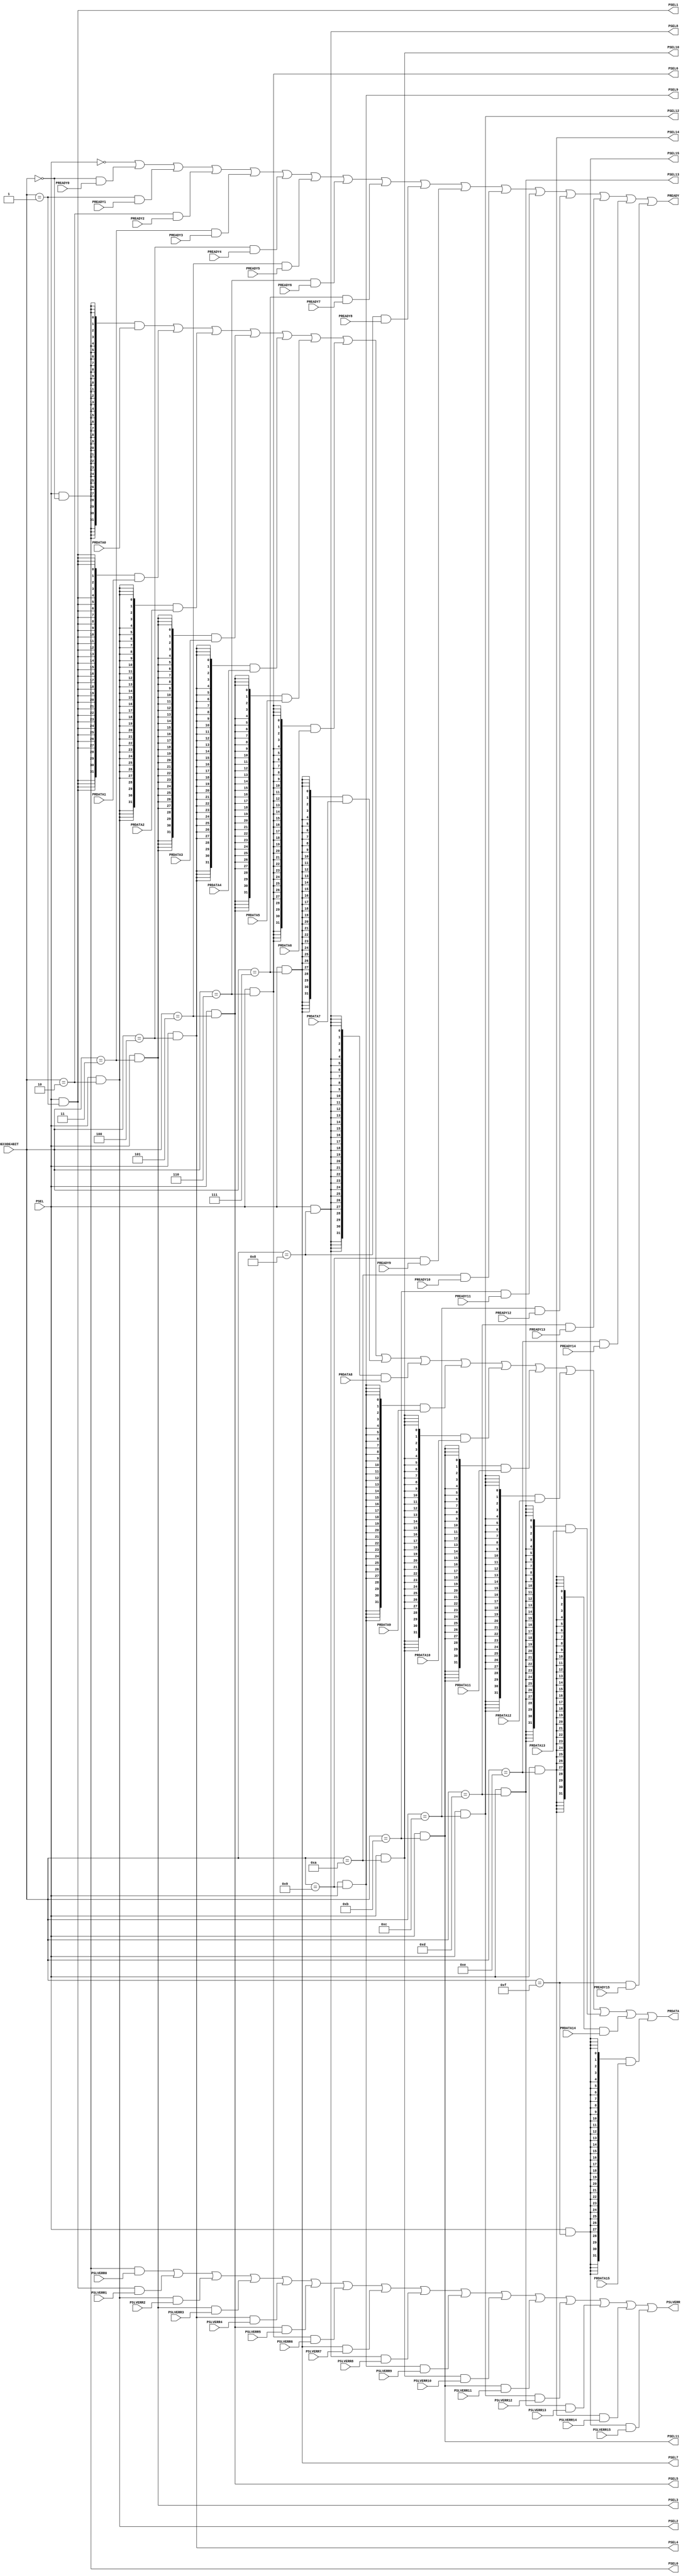
//------------------------------------------------------------------------------
// Abstract : APB slave multiplex
//------------------------------------------------------------------------------
module apb_slave_mux #(
    parameter PORT0_ENABLE  = 1,
    parameter PORT1_ENABLE  = 1,
    parameter PORT2_ENABLE  = 1,
    parameter PORT3_ENABLE  = 1,
    parameter PORT4_ENABLE  = 1,
    parameter PORT5_ENABLE  = 1,
    parameter PORT6_ENABLE  = 1,
    parameter PORT7_ENABLE  = 1,
    parameter PORT8_ENABLE  = 1,
    parameter PORT9_ENABLE  = 1,
    parameter PORT10_ENABLE = 1,
    parameter PORT11_ENABLE = 1,
    parameter PORT12_ENABLE = 1,
    parameter PORT13_ENABLE = 1,
    parameter PORT14_ENABLE = 1,
    parameter PORT15_ENABLE = 1 )(
// --------------------------------------------------------------------------
// Port Definitions
// --------------------------------------------------------------------------
    input  wire  [3:0]  DECODE4BIT,
    input  wire         PSEL,

    output wire         PSEL0,
    input  wire         PREADY0,
    input  wire [31:0]  PRDATA0,
    input  wire         PSLVERR0,

    output wire         PSEL1,
    input  wire         PREADY1,
    input  wire [31:0]  PRDATA1,
    input  wire         PSLVERR1,

    output wire         PSEL2,
    input  wire         PREADY2,
    input  wire [31:0]  PRDATA2,
    input  wire         PSLVERR2,

    output wire         PSEL3,
    input  wire         PREADY3,
    input  wire [31:0]  PRDATA3,
    input  wire         PSLVERR3,

    output wire         PSEL4,
    input  wire         PREADY4,
    input  wire [31:0]  PRDATA4,
    input  wire         PSLVERR4,

    output wire         PSEL5,
    input  wire         PREADY5,
    input  wire [31:0]  PRDATA5,
    input  wire         PSLVERR5,

    output wire         PSEL6,
    input  wire         PREADY6,
    input  wire [31:0]  PRDATA6,
    input  wire         PSLVERR6,

    output wire         PSEL7,
    input  wire         PREADY7,
    input  wire [31:0]  PRDATA7,
    input  wire         PSLVERR7,

    output wire         PSEL8,
    input  wire         PREADY8,
    input  wire [31:0]  PRDATA8,
    input  wire         PSLVERR8,

    output wire         PSEL9,
    input  wire         PREADY9,
    input  wire [31:0]  PRDATA9,
    input  wire         PSLVERR9,

    output wire         PSEL10,
    input  wire         PREADY10,
    input  wire [31:0]  PRDATA10,
    input  wire         PSLVERR10,

    output wire         PSEL11,
    input  wire         PREADY11,
    input  wire [31:0]  PRDATA11,
    input  wire         PSLVERR11,

    output wire         PSEL12,
    input  wire         PREADY12,
    input  wire [31:0]  PRDATA12,
    input  wire         PSLVERR12,

    output wire         PSEL13,
    input  wire         PREADY13,
    input  wire [31:0]  PRDATA13,
    input  wire         PSLVERR13,

    output wire         PSEL14,
    input  wire         PREADY14,
    input  wire [31:0]  PRDATA14,
    input  wire         PSLVERR14,

    output wire         PSEL15,
    input  wire         PREADY15,
    input  wire [31:0]  PRDATA15,
    input  wire         PSLVERR15,

    output wire         PREADY,
    output wire [31:0]  PRDATA,
    output wire         PSLVERR
);

// --------------------------------------------------------------------------
// Start of main code
// --------------------------------------------------------------------------

wire [15:0] en  = { (PORT15_ENABLE == 1), (PORT14_ENABLE == 1),
                    (PORT13_ENABLE == 1), (PORT12_ENABLE == 1),
                    (PORT11_ENABLE == 1), (PORT10_ENABLE == 1),
                    (PORT9_ENABLE  == 1), (PORT8_ENABLE  == 1),
                    (PORT7_ENABLE  == 1), (PORT6_ENABLE  == 1),
                    (PORT5_ENABLE  == 1), (PORT4_ENABLE  == 1),
                    (PORT3_ENABLE  == 1), (PORT2_ENABLE  == 1),
                    (PORT1_ENABLE  == 1), (PORT0_ENABLE  == 1) };

wire [15:0] dec = { (DECODE4BIT == 4'd15), (DECODE4BIT == 4'd14),
                    (DECODE4BIT == 4'd13), (DECODE4BIT == 4'd12),
                    (DECODE4BIT == 4'd11), (DECODE4BIT == 4'd10),
                    (DECODE4BIT == 4'd9 ), (DECODE4BIT == 4'd8 ),
                    (DECODE4BIT == 4'd7 ), (DECODE4BIT == 4'd6 ),
                    (DECODE4BIT == 4'd5 ), (DECODE4BIT == 4'd4 ),
                    (DECODE4BIT == 4'd3 ), (DECODE4BIT == 4'd2 ),
                    (DECODE4BIT == 4'd1 ), (DECODE4BIT == 4'd0 ) };

assign PSEL0   = PSEL & dec[ 0] & en[ 0];
assign PSEL1   = PSEL & dec[ 1] & en[ 1];
assign PSEL2   = PSEL & dec[ 2] & en[ 2];
assign PSEL3   = PSEL & dec[ 3] & en[ 3];
assign PSEL4   = PSEL & dec[ 4] & en[ 4];
assign PSEL5   = PSEL & dec[ 5] & en[ 5];
assign PSEL6   = PSEL & dec[ 6] & en[ 6];
assign PSEL7   = PSEL & dec[ 7] & en[ 7];
assign PSEL8   = PSEL & dec[ 8] & en[ 8];
assign PSEL9   = PSEL & dec[ 9] & en[ 9];
assign PSEL10  = PSEL & dec[10] & en[10];
assign PSEL11  = PSEL & dec[11] & en[11];
assign PSEL12  = PSEL & dec[12] & en[12];
assign PSEL13  = PSEL & dec[13] & en[13];
assign PSEL14  = PSEL & dec[14] & en[14];
assign PSEL15  = PSEL & dec[15] & en[15];

assign PREADY  = ~PSEL |
                 ( dec[ 0]  & (PREADY0  | ~en[ 0]) ) |
                 ( dec[ 1]  & (PREADY1  | ~en[ 1]) ) |
                 ( dec[ 2]  & (PREADY2  | ~en[ 2]) ) |
                 ( dec[ 3]  & (PREADY3  | ~en[ 3]) ) |
                 ( dec[ 4]  & (PREADY4  | ~en[ 4]) ) |
                 ( dec[ 5]  & (PREADY5  | ~en[ 5]) ) |
                 ( dec[ 6]  & (PREADY6  | ~en[ 6]) ) |
                 ( dec[ 7]  & (PREADY7  | ~en[ 7]) ) |
                 ( dec[ 8]  & (PREADY8  | ~en[ 8]) ) |
                 ( dec[ 9]  & (PREADY9  | ~en[ 9]) ) |
                 ( dec[10]  & (PREADY10 | ~en[10]) ) |
                 ( dec[11]  & (PREADY11 | ~en[11]) ) |
                 ( dec[12]  & (PREADY12 | ~en[12]) ) |
                 ( dec[13]  & (PREADY13 | ~en[13]) ) |
                 ( dec[14]  & (PREADY14 | ~en[14]) ) |
                 ( dec[15]  & (PREADY15 | ~en[15]) );

assign PSLVERR = ( PSEL0  & PSLVERR0  ) |
                 ( PSEL1  & PSLVERR1  ) |
                 ( PSEL2  & PSLVERR2  ) |
                 ( PSEL3  & PSLVERR3  ) |
                 ( PSEL4  & PSLVERR4  ) |
                 ( PSEL5  & PSLVERR5  ) |
                 ( PSEL6  & PSLVERR6  ) |
                 ( PSEL7  & PSLVERR7  ) |
                 ( PSEL8  & PSLVERR8  ) |
                 ( PSEL9  & PSLVERR9  ) |
                 ( PSEL10 & PSLVERR10 ) |
                 ( PSEL11 & PSLVERR11 ) |
                 ( PSEL12 & PSLVERR12 ) |
                 ( PSEL13 & PSLVERR13 ) |
                 ( PSEL14 & PSLVERR14 ) |
                 ( PSEL15 & PSLVERR15 );

assign PRDATA  = ( {32{PSEL0 }} & PRDATA0  ) |
                 ( {32{PSEL1 }} & PRDATA1  ) |
                 ( {32{PSEL2 }} & PRDATA2  ) |
                 ( {32{PSEL3 }} & PRDATA3  ) |
                 ( {32{PSEL4 }} & PRDATA4  ) |
                 ( {32{PSEL5 }} & PRDATA5  ) |
                 ( {32{PSEL6 }} & PRDATA6  ) |
                 ( {32{PSEL7 }} & PRDATA7  ) |
                 ( {32{PSEL8 }} & PRDATA8  ) |
                 ( {32{PSEL9 }} & PRDATA9  ) |
                 ( {32{PSEL10}} & PRDATA10 ) |
                 ( {32{PSEL11}} & PRDATA11 ) |
                 ( {32{PSEL12}} & PRDATA12 ) |
                 ( {32{PSEL13}} & PRDATA13 ) |
                 ( {32{PSEL14}} & PRDATA14 ) |
                 ( {32{PSEL15}} & PRDATA15 );

endmodule